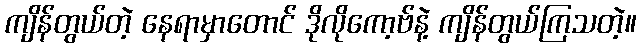
ကျိန်တွယ်တဲ့ နေရာမှာတောင် ဒိုလိုကော့ဗ်နဲ့ ကျိန်တွယ်ကြသတဲ့။